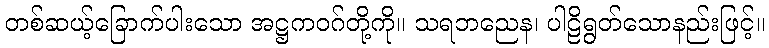
တစ်ဆယ့်ခြောက်ပါးသော အဋ္ဌကဝဂ်တို့ကို။ သရဘညေန၊ ပါဠိရွတ်သောနည်းဖြင့်။